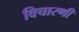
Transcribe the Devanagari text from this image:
विचारणी